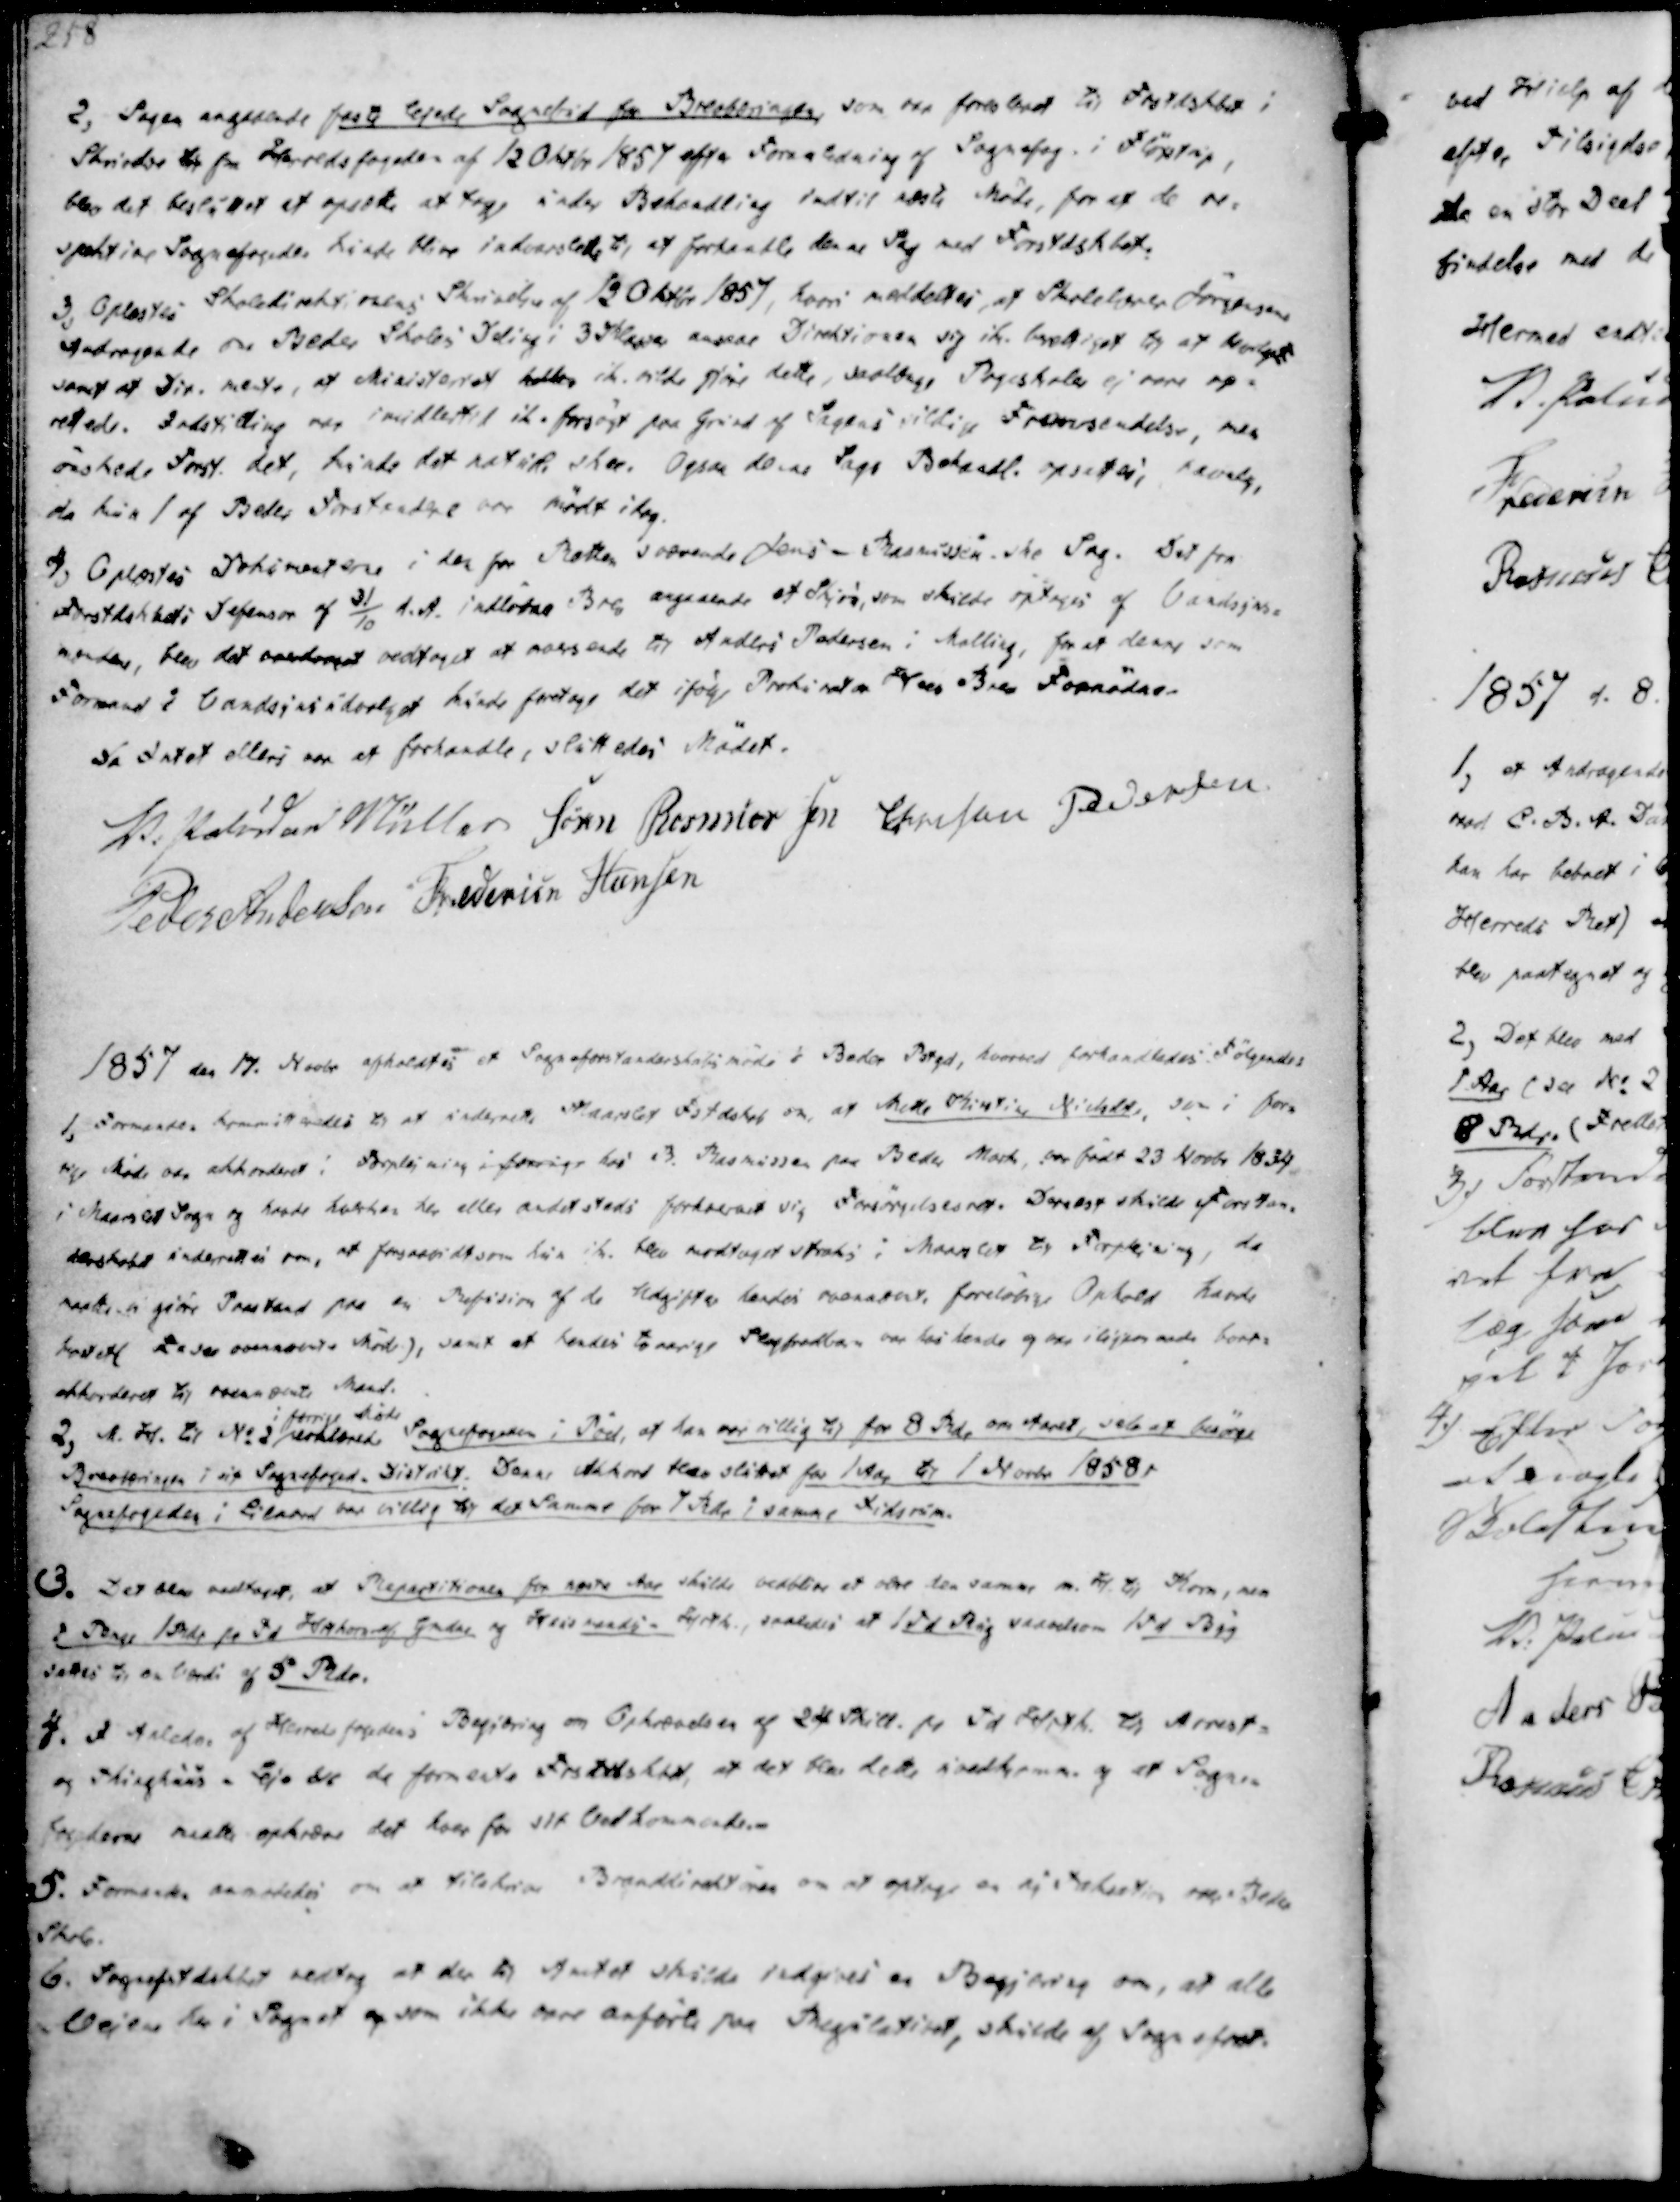
Transskription:
2, Sagen angaaende faste lejede Sognebud for Henbæringen, som var foreslaaet til Frstdskbet i
Skrivelse til fra Herredsfogeden af 12 Oktbr 1857 efter Foranledning af Sognefog. i Fløjstrup,
blev det besluttet at opsætte at tage under Behandling indtil næste Møde, for at de re-
spektive Sognefogeder kunde blive inderstede til at forhandle denne Sag med Forstdskbet.
3, Oplæstes Skoledirektionens Skrivelse af 12 Oktbr 1857, hvori meddeltes, at Skolelærer Jørgensens
Andragende om Beder Skoles Deling i 3 Klasser ansaae Direktionen sig ike berettiget til at bevilget
samt at Dir. mente, at Ministeriet holder ike vilde gjøre dette, saalænge Pigeskoler ej være op-
rettede. Indstilling var imidlertid ike forsøgt paa Grund af Sagens villige Fremsendelse, men
ønskede Forst. det, kunde det naturl. skee. Ogsaa denne Sags Behandl. opsettes, ravalg,
da kun 1 af Beder Forstandere var mødt idag.
4, Oplæstes Dokumenterne i den for Retten værende Jens - Rasmussen.ske Sag. Det fra
Forstdskbets Defensor af 31/10 d.A. indløbne Brev angaaende et Skjøn, som skulde optages af Vandsyns-
mændene, blev det overdraget vedtaget at vassende til Anders Pedersen i Malling, for at denne som
Formand i Vandsynsudvalget kunde foretage det ifølge Prokurator Hees Brev Fornødne-
Da Intet ellers var at forhandle, sluttedes Mødet.

V. Paludan Müller
Søren Rasmussen
Christen Pedersen
Peder Andersen
Frederik Hansen

1857 den 17. Novbr afholdtes et Sogneforstanderskabsmøde i Beder Pstgd, hvorved forhandledes Følgende:

1, Formanden kommiteredes til at underrette Maarslet Fstdskab om, at Mette Kirstine Nielsdt, som i for-
rige Møde var akkorderet i Forplejning i forrige hos R. Rasmussen paa Beder Mark, var født 23 Novbr 1834
i Maarslet Sogn og havde hverken her eller andetsteds forhoerast sig Forsørgelsret. Dernæst skulde Forstan-
derskabet underrettes om, at forsaavidtsom hun ike blev modtaget straks i Maarslet til Forplejning, da
matte vi giøre Paastand paa en Refusion af de Udgifter hendes ovenesat, foreløbige Ophold havde
kostet ((see ovennævnte Møde), samt at hendes to aarige Stepfredbarn var hos hende og var iligemaade bort-
akkorderet til ovennævnte Mand.
2, M. H. til No 2
i forrige Møde
erklærede Sognefogeden i Pøel, af han var villig til for 8 Rdr om Aaret, selv at besørge
Brevføringen i sit Sognefoged- Distrikt. Denne Akkord blev sluttet for 1 Aar til 1 Novbr 1858,
Sognefogeden i Lilnord var villig til det Samme for 7 Rdr i samme Tidsrum.

3. Det blev vedtaget, at Repartitionen for næste Aar skulde vedblive at være den samme m. H. til Korn, men
i Penge 1 Rdr pr Td Hartkorn af Gmdne og Huusmands- Hartk., saaledes af 1 Td Rug saavelsom 1 Td Byg
sættes til en Værdi af 5 Rdr.
4. I Anledn. af Herredsfogedens Begjæring om Opkrævelsen af 24 Skill. pr Td Hrtk. til Arrest-
og Thinghuus - Leje til da formente Frstrdskbt, af det blev dette uvedkomm. og at Sogne-
fogederne maatte opkræve det hver for sit Vedkommende.
5. Formanden anmodedes om at tilskrive Branddirektionen om at optage en ny Taksation over Beder
Skole.
6. Sognefstdskbet vedtog at der til Amtet skulde indgives en Begjæring om, at alle
Vejene her i Sognet og som ikke være anførte paa Regulativet, skulde af Sognefrst.